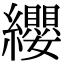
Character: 纓